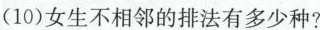
(10)女生不相邻的排法有多少种?